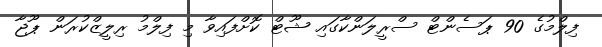
ފިލްމުގެ 90 ޕަސެންޓް ސްރީލަންކާގައި ޝޫޓް ކޮށްފައިވާ މި ފިލްމު ރިލީޒްކުރަން ޕޫޖާ